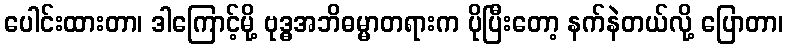
ပေါင်းထားတာ၊ ဒါကြောင့်မို့ ဗုဒ္ဓအဘိဓမ္မာတရားက ပိုပြီးတော့ နက်နဲတယ်လို့ ပြောတာ၊